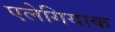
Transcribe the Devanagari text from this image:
एलेगियाक